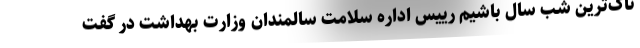
ناک‌ترین شب سال باشیم رییس اداره سلامت سالمندان وزارت بهداشت در گفت